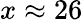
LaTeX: x\approx 26